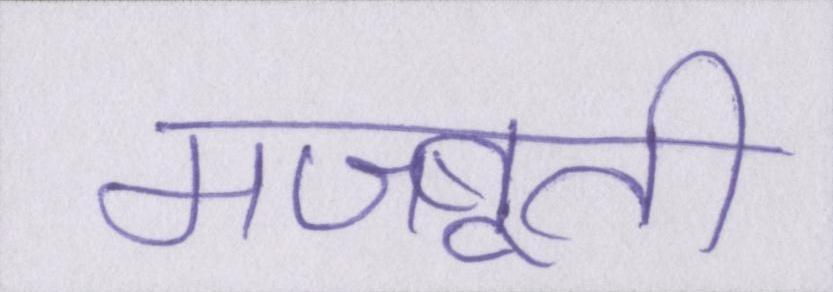
मजबूती